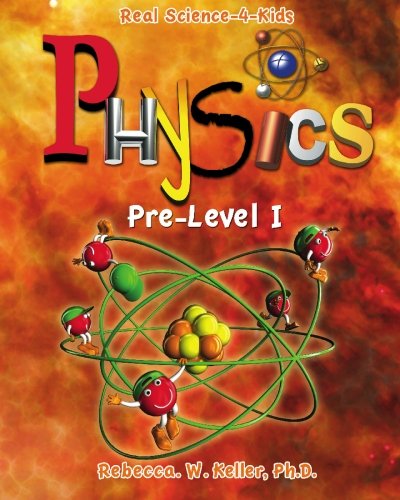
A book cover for Physics, Pre-Level 1 (Real Science-4-Kids); Rebecca W Keller; Children's Books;